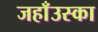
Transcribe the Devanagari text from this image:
जहाँउस्का